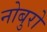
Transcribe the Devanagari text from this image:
नोबुरो